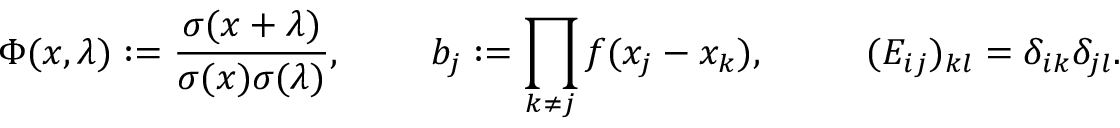
\Phi ( x , \lambda ) : = \frac { \sigma ( x + \lambda ) } { \sigma ( x ) \sigma ( \lambda ) } , \mathrm { ~ \ \ \ \ ~ } \ b _ { j } : = \prod _ { k \neq j } f ( x _ { j } - x _ { k } ) , \ \ \ \mathrm { ~ \ \ \ ~ } ( E _ { i j } ) _ { k l } = \delta _ { i k } \delta _ { j l } .